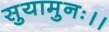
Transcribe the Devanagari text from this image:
सुयामुनः।।